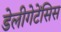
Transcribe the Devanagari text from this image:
डेलीगेटेंसिस